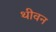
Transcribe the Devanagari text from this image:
थीवन